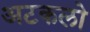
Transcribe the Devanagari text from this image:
अटकलो